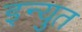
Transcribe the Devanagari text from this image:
इन्युत